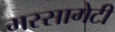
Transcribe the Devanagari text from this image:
मस्सागेटी